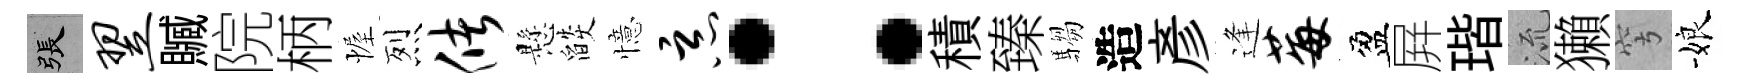
張翌贓院柄幄烈储懸燄憶恶：積臻騶造彦逢莓盈屛瑎𣴑獺穹娘